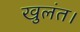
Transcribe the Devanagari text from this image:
खुलंत।